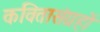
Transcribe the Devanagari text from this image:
कवितासंग्रहों